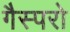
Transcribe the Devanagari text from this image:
गैस्परो